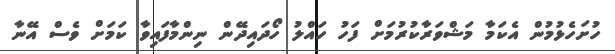
ހުށަހެޅުމުން އެކަމާ މަޝްވަރާކުރުމަށް ފަހު ހައްލު ހޯދައިދޭން ނިންމާފައިވާ ކަމަށް ވެސް އޭނާ